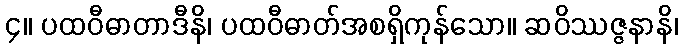
၄။ ပထဝီဓာတာဒီနိ၊ ပထဝီဓာတ်အစရှိကုန်သော။ ဆဝိဿဇ္ဇနာနိ၊